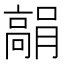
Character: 𩫘